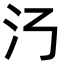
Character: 𣱴